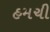
હમચી